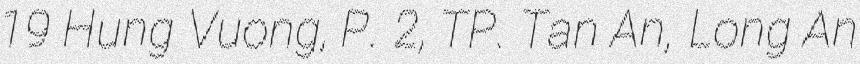
19 Hung Vuong, P. 2, TP. Tan An, Long An